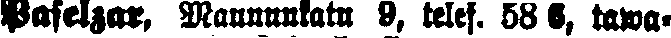
Pafelzar, Maununkatu 9, telef. 58 5, tawa-